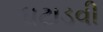
ઘટાડવી